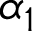
\alpha _ { 1 }